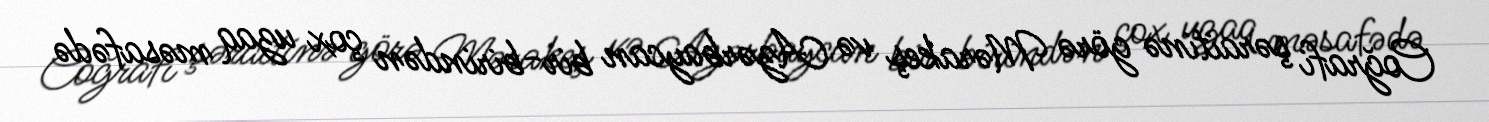
Coğrafi şəraitinə görə Mərakeş və Azərbaycan bir-birindən çox uzaq məsafədə